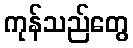
ကုန်သည်တွေ